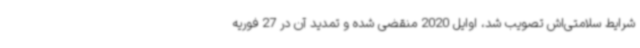
شرایط سلامتی‌اش تصویب شد، اوایل 2020 منقضی شده و تمدید آن در 27 فوریه